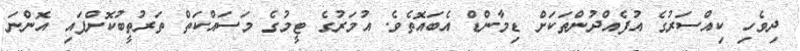
ދިވެހި ކިއްސަރުގެ އުފެއްދުންތަކަށް ޑިމާންޑް އެބައޮތެވެ. އުމަރުގެ ޓީމުގެ މަސައްކަތް ތަރުތީބުކޮށްފައި އޮންނަ